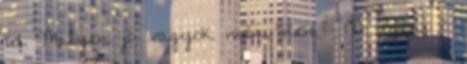
xd Milyen jó vagyok már, nem? :"D Igen, ő